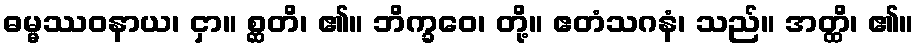
ဓမ္မဿဝနာယ၊ ငှာ။ စ္ဆတိ၊ ၏။ ဘိက္ခဝေ၊ တို့။ ဧတံသဂနံ၊ သည်။ အတ္ထိ၊ ၏။